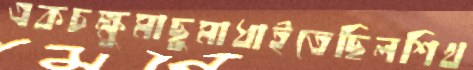
একচক্ষুমাছুমাধাইতেছিলশিখ